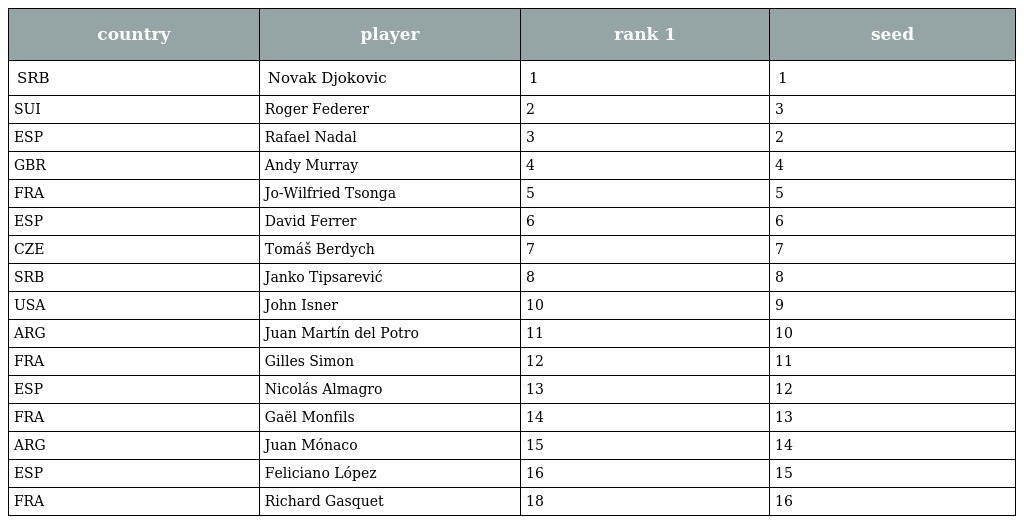
| country | player | rank 1 | seed |
 | --- | --- | --- | --- |
 | SRB | Novak Djokovic | 1 | 1 |
 | SUI | Roger Federer | 2 | 3 |
 | ESP | Rafael Nadal | 3 | 2 |
 | GBR | Andy Murray | 4 | 4 |
 | FRA | Jo-Wilfried Tsonga | 5 | 5 |
 | ESP | David Ferrer | 6 | 6 |
 | CZE | Tomáš Berdych | 7 | 7 |
 | SRB | Janko Tipsarević | 8 | 8 |
 | USA | John Isner | 10 | 9 |
 | ARG | Juan Martín del Potro | 11 | 10 |
 | FRA | Gilles Simon | 12 | 11 |
 | ESP | Nicolás Almagro | 13 | 12 |
 | FRA | Gaël Monfils | 14 | 13 |
 | ARG | Juan Mónaco | 15 | 14 |
 | ESP | Feliciano López | 16 | 15 |
 | FRA | Richard Gasquet | 18 | 16 |